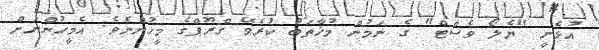
އުޅެނީ "ޔެލޯ ވެސްޓް" ގެ ނަމުން މުޚާތަބު ކުރެވޭ ގްރޫޕްގެ މީހުންނެވެ. އެމީހުންނަށް